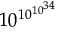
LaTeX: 1 0 ^ { \, \! 1 0 ^ { 1 0 ^ { 3 4 } } }